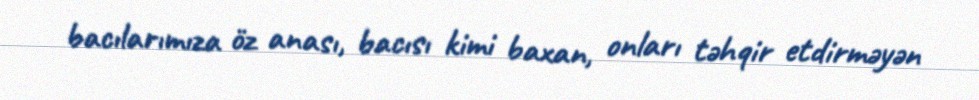
bacılarımıza öz anası, bacısı kimi baxan, onları təhqir etdirməyən